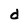
Character: d